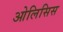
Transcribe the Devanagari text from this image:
ओलिसिस